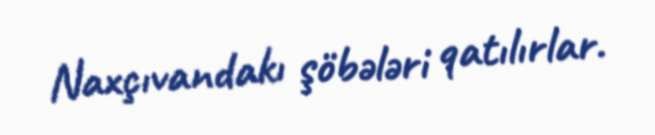
Naxçıvandakı şöbələri qatılırlar.